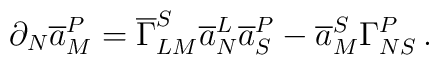
\partial_{N}\overline{a}^{P}_{M} =\overline{\Gamma}^{S}_{LM}\overline{a}^{L}_{N}\overline{a}^{P}_{S}-\overline{a}^{S}_{M}\Gamma^{P}_{NS}\,.